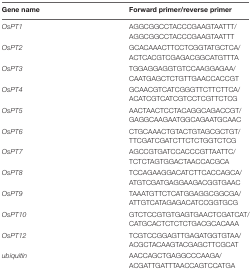
<table><thead><tr><td><b>Gene name</b></td><td><b>Forward primer/reverse primer</b></td></tr></thead><tbody><tr><td><i>OsPT1</i></td><td>AGGCGGCCTACCCGAAGTAATTT/AGGCGGCCTACCCGAAGTAATTT</td></tr><tr><td><i>OsPT2</i></td><td>GCACAAACTTCCTCGGTATGCTCA/ACTCACGTCGAGACGGCATGTTTA</td></tr><tr><td><i>OsPT3</i></td><td>TGGAGGAGGTGTCCAAGGAGAA/CAATGAGCTCTGTTGAACCACCGT</td></tr><tr><td><i>OsPT4</i></td><td>GCAACGTCATCGGGTTCTTCTTCA/ACATCGTCATCGTCCTCGTTCTCG</td></tr><tr><td><i>OsPT5</i></td><td>AACTAACTCCTACAGGCAGACCGT/GAGGCAAGAATGGCAGAATGCAAC</td></tr><tr><td><i>OsPT6</i></td><td>CTGCAAACTGTACTGTAGCGCTGT/TTCGATCGATCTTCTCTGGTCTCG</td></tr><tr><td><i>OsPT7</i></td><td>AGCCGTGATCCACCCGTTAATTC/TCTCTAGTGGACTAACCACGCA</td></tr><tr><td><i>OsPT8</i></td><td>TCCAGAAGGACATCTTCACCAGCA/ATGTCGATGAGGAAGACGGTGAAC</td></tr><tr><td><i>OsPT9</i></td><td>TAAATGTTCTCATGGAGGCGGCGA/ATTGTCATAGAGACATCCGGTGCG</td></tr><tr><td><i>OsPT10</i></td><td>GTCTCCGTGTGAGTGAACTCGATCAT/CATGCACTCTCTCTGACGCACAAA</td></tr><tr><td><i>OsPT12</i></td><td>TCGTCCGGAGTTGAGATGGTGTAA/ACGCTACAAGTACGAGCTTCGCAT</td></tr><tr><td><i>ubiquitin</i></td><td>AACCAGCTGAGGCCCAAGA/ACGATTGATTTAACCAGTCCATGA</td></tr></tbody></table>